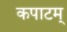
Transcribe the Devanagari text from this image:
कपाटम्